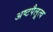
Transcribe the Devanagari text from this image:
अष्टपैलूत्व